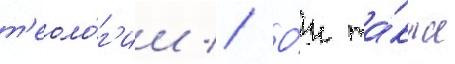
т'еоло́г'ии // О́н та́кже